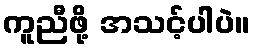
ကူညီဖို့ အသင့်ပါပဲ။